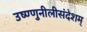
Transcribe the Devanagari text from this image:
उष्ण्णुनीलीसंदेशम्